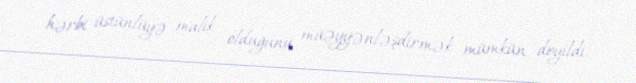
hərbi üstünlüyə malik olduğunu müəyyənləşdirmək mümkün deyildi.